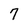
Character: 7